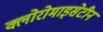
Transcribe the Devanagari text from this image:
क्लोरोमाइसेटीन